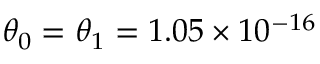
\theta _ { 0 } = \theta _ { 1 } = 1 . 0 5 \times 1 0 ^ { - 1 6 }